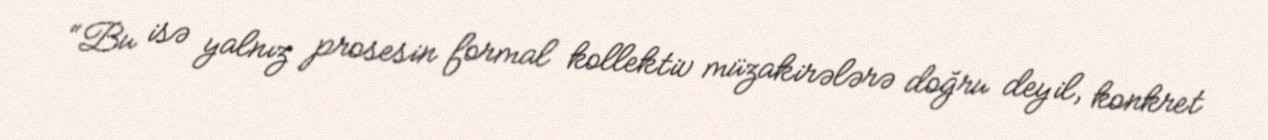
“Bu isə yalnız prosesin formal kollektiv müzakirələrə doğru deyil, konkret